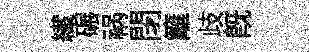
纎碾祸閉籬歧旣